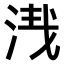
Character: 𣴮